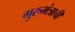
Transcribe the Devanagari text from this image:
गुरुमंत्राची